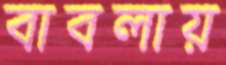
বাবলায়